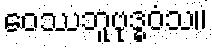
ဝေဿဘူဗုဒ္ဓဝံသ။